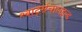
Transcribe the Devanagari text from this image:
श्वार्ट्सचालइल्ड